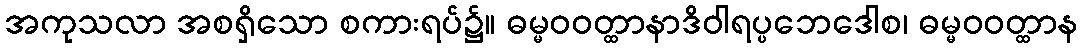
အကုသလာ အစရှိသော စကားရပ်၌။ ဓမ္မဝဝတ္ထာနာဒိဝါရပ္ပဘေဒေါစ၊ ဓမ္မဝဝတ္ထာန